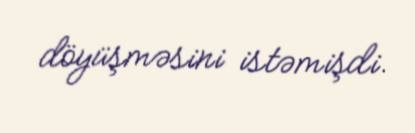
döyüşməsini istəmişdi.